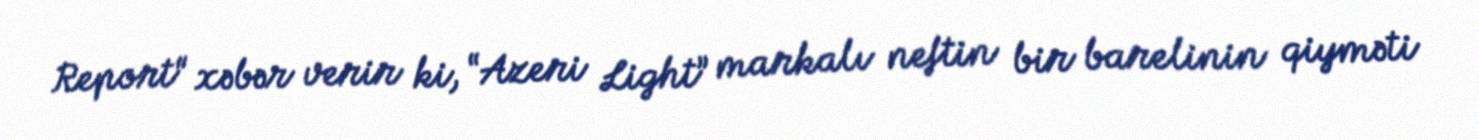
Report" xəbər verir ki, “Azeri Light” markalı neftin bir barelinin qiyməti